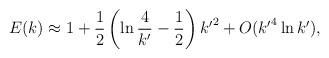
LaTeX: \begin{align*}E(k)\approx1+\frac{1}{2}\left(\ln\frac{4}{{k^{\prime}}}-\frac{1}{2}\right){k^{\prime}}^2+O({k^{\prime}}^4\ln {k^{\prime}}),\end{align*}